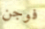
فوجن